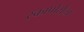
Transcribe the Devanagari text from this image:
स्कापोर्सेला